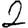
Digit: 2